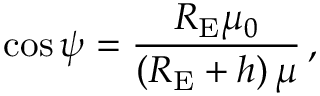
\cos \psi = { \frac { { R } _ { \mathrm { E } } { \mu } _ { 0 } } { \left( { { R } _ { \mathrm { E } } } + h \right) \mu } } \, ,